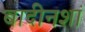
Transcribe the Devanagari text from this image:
बादीनशां